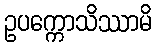
ဥပက္ကောသိဿာမိ